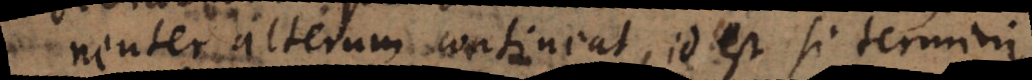
neuter alterum contineat, id est si termini